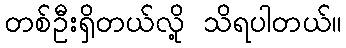
တစ်ဦးရှိတယ်လို့ သိရပါတယ်။